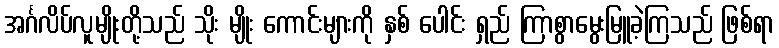
အင်္ဂလိပ်လူမျိုးတို့သည် သိုး မျိုး ကောင်းများကို နှစ် ပေါင်း ရှည် ကြာစွာမွေးမြူခဲ့ကြသည် ဖြစ်ရာ